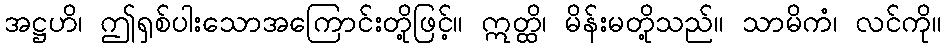
အဋ္ဌဟိ၊ ဤရှစ်ပါးသောအကြောင်းတို့ဖြင့်။ ဣတ္ထိ၊ မိန်းမတို့သည်။ သာမိကံ၊ လင်ကို။